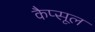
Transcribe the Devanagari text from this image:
कैप्‍सूल